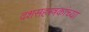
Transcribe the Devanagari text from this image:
दशसहस्त्रकांच्या